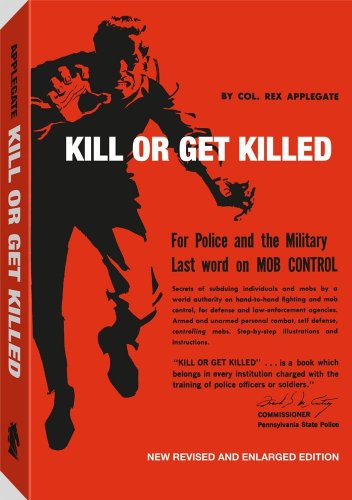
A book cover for Kill Or Get Killed; Rex Applegate; Crafts, Hobbies & Home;